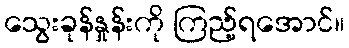
သွေးခုန်နှုန်းကို ကြည့်ရအောင်။